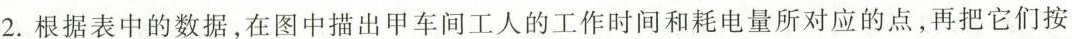
2.根据表中的数据，在图中描出甲车间工人的工作时间和耗电量所对应的点，再把它们按